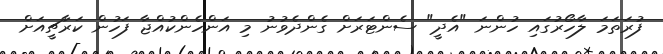
ފުރަތަމަ ލާހޯރުގައި ހުންނަ "އެދީ" ސެންޓަރަށް ގެންދެވުނު މި އަންހެންކުއްޖާ ފަހުން ކަރާޗީއަށް